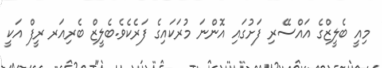
މިއީ ބެލީޒްގެ އައްސޭރި ފަށުގައި އޮންނަ މުރަކައިގެ ފަރެކެވެ.ބެލީޒް ބެރިއަރ ރީފް އަކީ